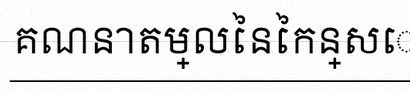
គណនាតម្លៃនៃកន្សោម